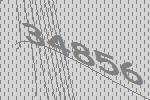
34856